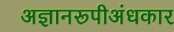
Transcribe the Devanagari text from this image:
अज्ञानरूपीअंधकार